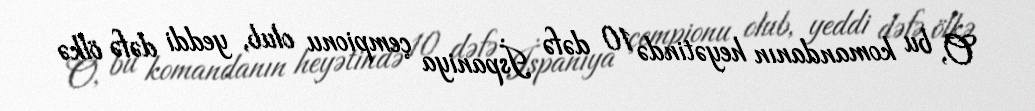
O, bu komandanın heyətində 10 dəfə İspaniya çempionu olub, yeddi dəfə ölkə